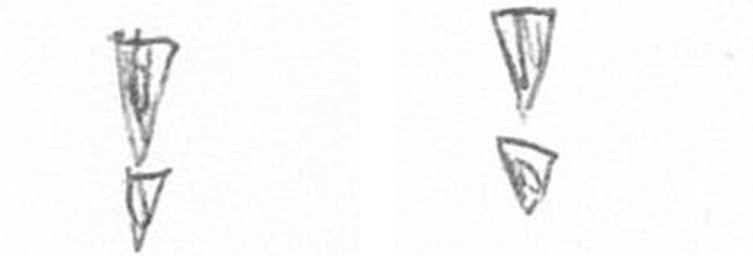
Z Z